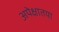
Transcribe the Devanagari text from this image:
अपेक्षातया